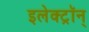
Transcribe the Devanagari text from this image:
इलेक्ट्रॉन्